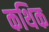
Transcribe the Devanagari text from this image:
कथिक